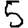
Digit: 5